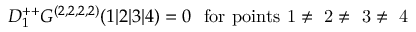
D _ { 1 } ^ { + + } G ^ { ( 2 , 2 , 2 , 2 ) } ( 1 \vert 2 \vert 3 \vert 4 ) = 0 \ \ \mathrm { f o r ~ p o i n t s ~ 1 \neq ~ 2 \neq ~ 3 \neq ~ 4 ~ }